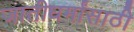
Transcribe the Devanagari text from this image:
जातीधर्मांसाठी